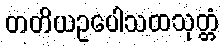
တတိယဥပေါသထသုတ္တံ